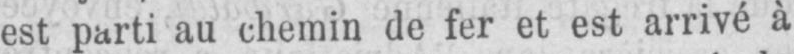
est parti au chemin de fer et est arrivé à